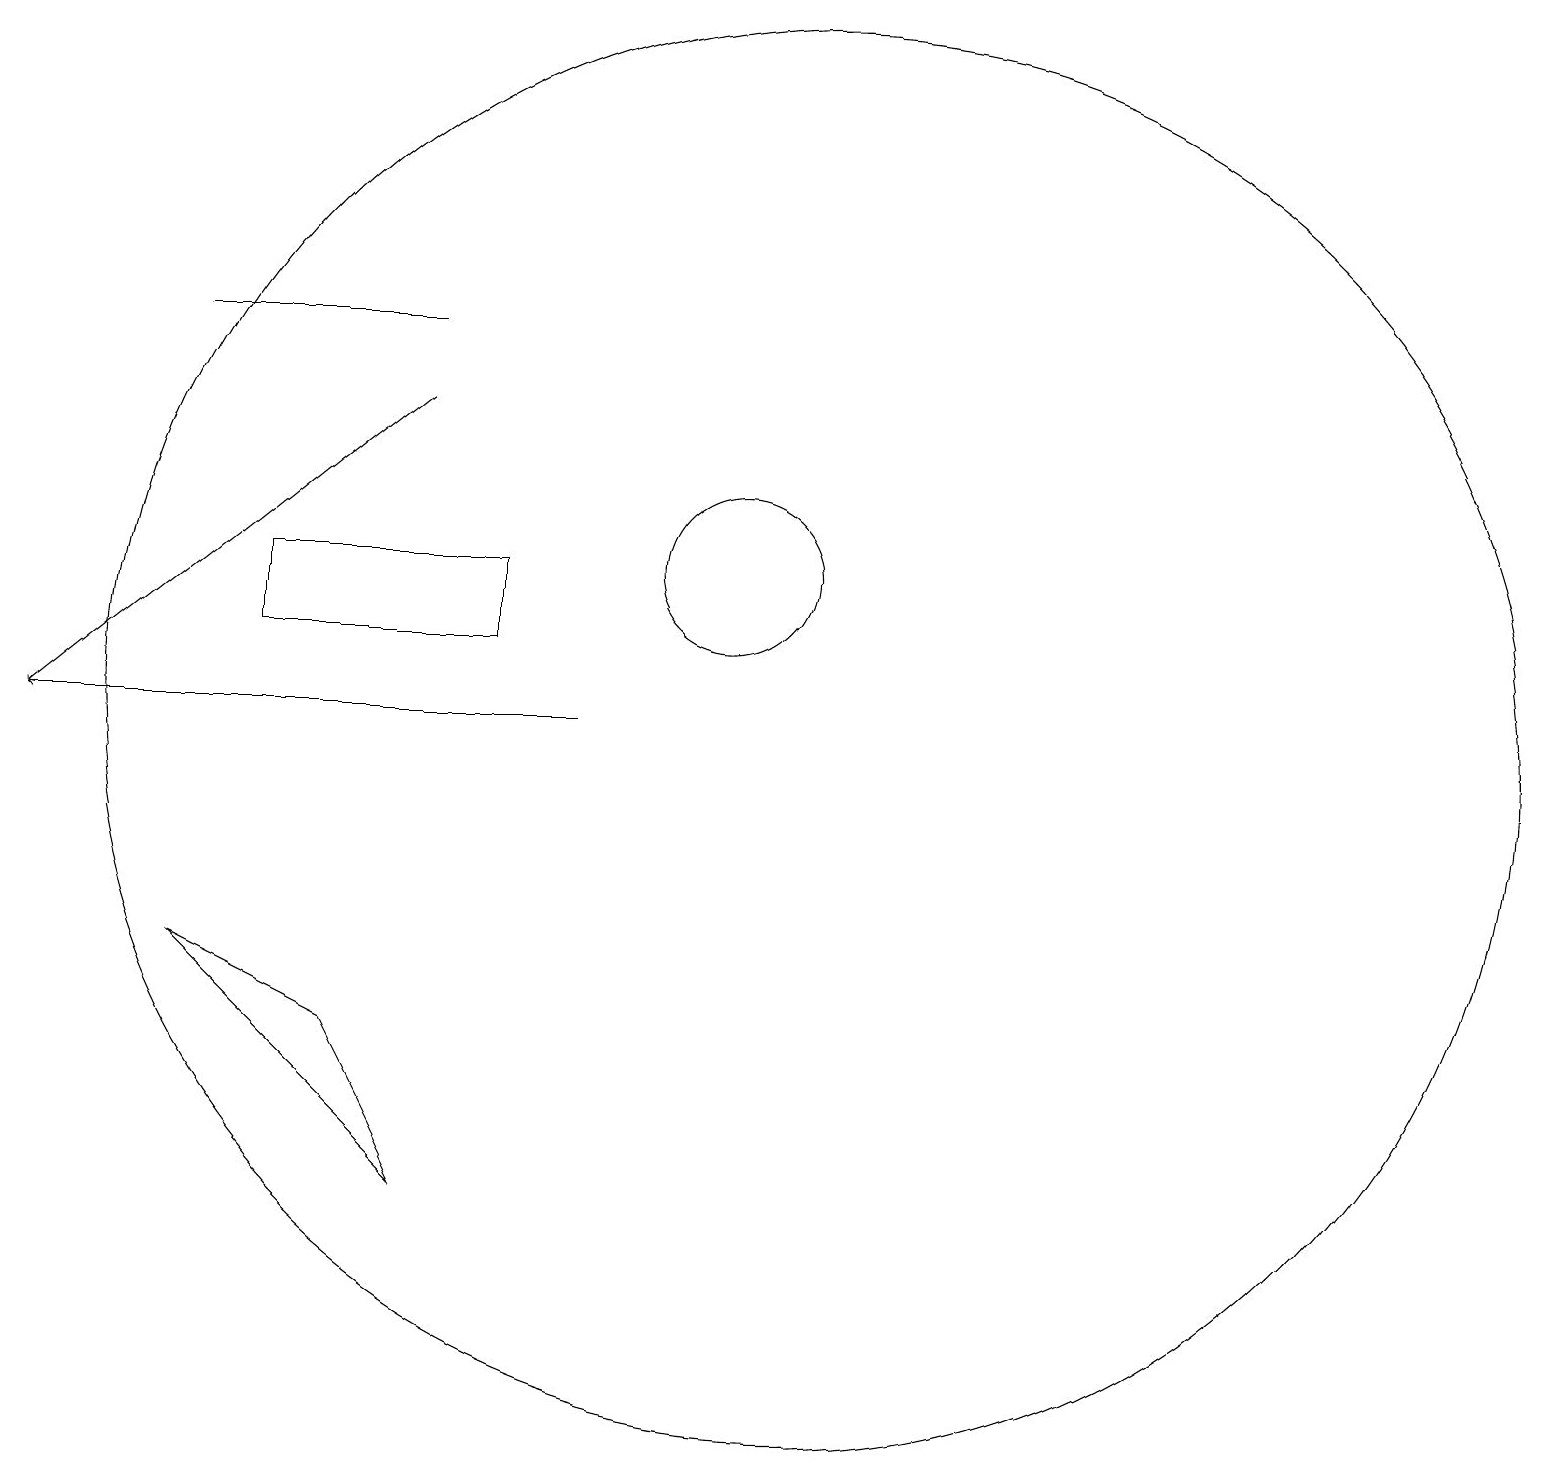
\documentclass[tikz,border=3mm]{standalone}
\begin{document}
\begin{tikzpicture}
\draw[->] (9,10) -- (2,10);
\draw[->] (7,14) -- (2,10);
\draw (7,15) rectangle (4,15);
\draw (4,7) -- (7,4) -- (6,6) -- cycle;
\draw (11,12) circle (1);
\draw (8,11) rectangle (5,12);
\draw (12,10) circle (9);
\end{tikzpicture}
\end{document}